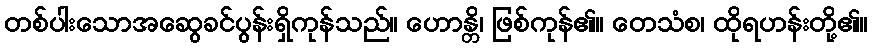
တစ်ပါးသောအဆွေခင်ပွန်းရှိကုန်သည်။ ဟောန္တိ၊ ဖြစ်ကုန်၏။ တေသံစ၊ ထိုရဟန်းတို့၏။